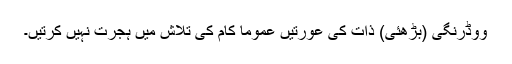
ووڈرنگی (بڑھئی) ذات کی عورتیں عموماً کام کی تلاش میں ہجرت نہیں کرتیں۔